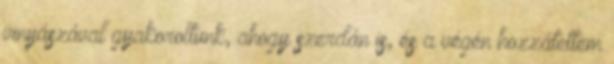
vinyászával gyakoroltunk, ahogy szerdán is, és a végén hozzátettem